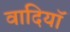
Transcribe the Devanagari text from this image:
वादियॉ